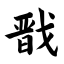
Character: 戬